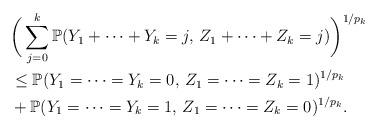
LaTeX: \begin{align*}& \bigg(\sum_{j=0}^{k} \mathbb{P}(Y_1+\cdots+Y_k=j,\, Z_1+\cdots+Z_k=j)\bigg)^{1/p_k} \\& \leq \mathbb{P}(Y_1=\cdots=Y_k=0,\, Z_1=\cdots=Z_k=1)^{1/p_k} \\& + \mathbb{P}(Y_1=\cdots=Y_k=1,\, Z_1=\cdots=Z_k=0)^{1/p_k}.\end{align*}